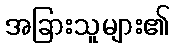
အခြားသူများ၏